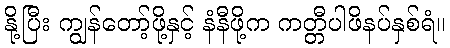
နို့ပြီး ကျွန်တော့်ဖို့နှင့် နံနီဖို့က ကတ္တီပါဖိနပ်နှစ်ရံ။